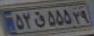
۵۲ق۵۵۵۲۹